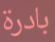
بادرة